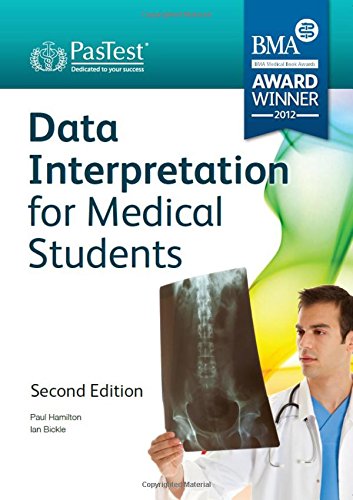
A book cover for Data Interpretation for Medical Students; Ian Bickle; Parenting & Relationships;